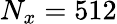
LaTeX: N_{x}=512